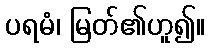
ပရမံ၊ မြတ်၏ဟူ၍။